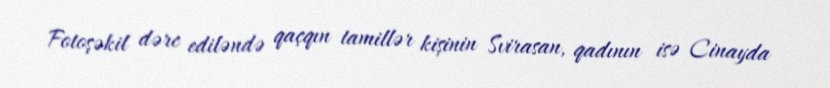
Fotoşəkil dərc ediləndə qaçqın tamillər kişinin Svirasan, qadının isə Cinayda